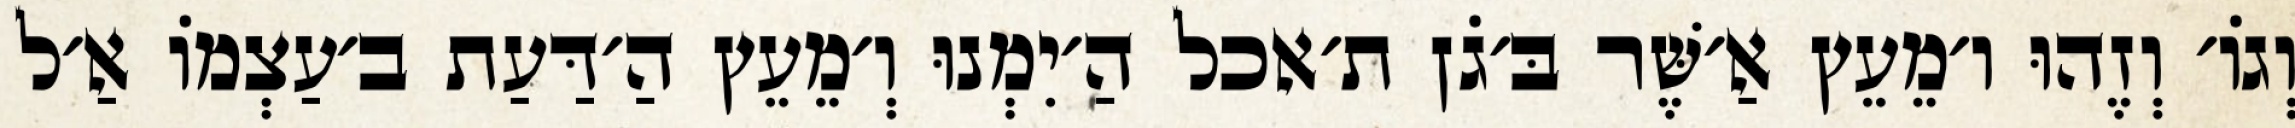
וְגוֹ׳ וְזֶהוּ ו׳מֵעֵץ אַ׳שֶּׁר בּ׳גֹן ת׳אכל הַ׳יִמְנוּ וְ׳מֵעֵץ הַ׳דַּעַת ב׳עַצְמוֹ אַ׳ל